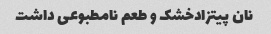
نان پیتزادخشک و طعم نامطبوعی داشت